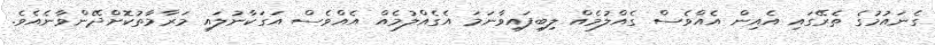
ގެނައުމުގެ ތެރޭގައި އެއިން އެއްވެސް ގެއްލުމެއް ލިބިފައިވާނަމަ އެގެއްލުމެއް އެއްވެސް އަގަކާނުލައި މަރާމާތުކޮށްދޭންވާނެއެވެ.